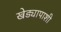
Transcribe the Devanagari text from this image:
खेड्यापाशी